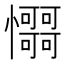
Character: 𢥳